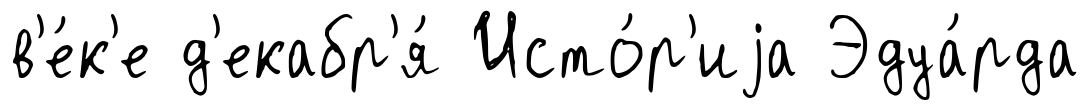
в'е́к'е д'екабр'я́ Исто́р'иjа Эдуа́рда